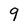
Character: 9